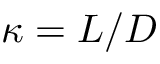
\kappa = L / D